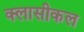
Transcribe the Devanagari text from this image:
क्लासीकल